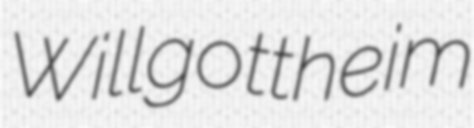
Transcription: Willgottheim